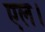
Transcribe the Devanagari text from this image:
एल।